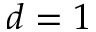
d = 1